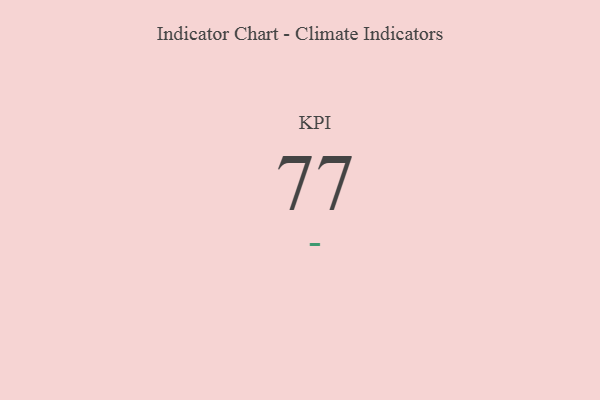
{"axis": {"x": "KPI", "y": "Value"}, "legend": [""], "data": [{"x": "KPI", "y": 77, "type": ""}]}